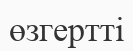
өзгертті